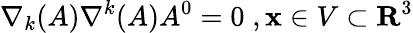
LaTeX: \nabla_{k}(A)\nabla^{k}(A)A^{0}=0\; ,{\mathbf x}\in V\subset{\mathbf R}^{3}